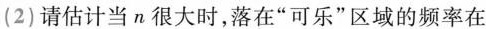
(2)请估计当n很大时，落在”可乐”区域的频率在